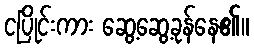
ငပြိုင်းကား ဆွေ့ဆွေ့ခုန်နေ၏။